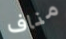
مناف